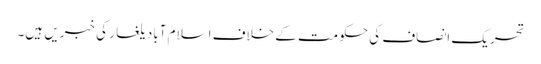
تحریک انصاف کی حکومت کے خلاف اسلام آباد یلغار کی خبریں ہیں۔